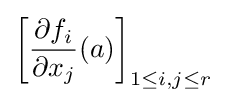
\left[{\frac {\partial f_{i}}{\partial x_{j}}}(a)\right]_{1\leq i,j\leq r}